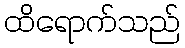
ထိရောက်သည်